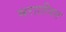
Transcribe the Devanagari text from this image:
मराठीपन